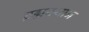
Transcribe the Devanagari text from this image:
ब्रह्मस्थान